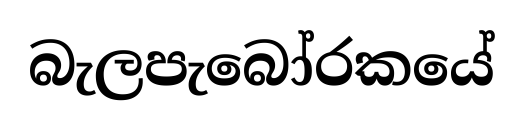
බැලපැබෝරකයේ